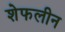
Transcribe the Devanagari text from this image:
शेफलीन